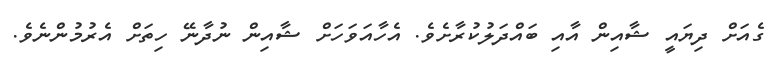
ގެއަށް ދިޔައީ ޝާއިން އާއި ބައްދަލުކުރާށެވެ. އެހާއަވަހަށް ޝާއިން ނުދާނޭ ހިތަށް އެރުމުންނެވެ.